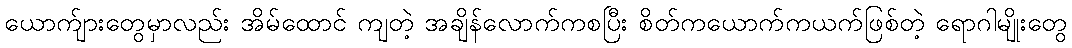
ယောက်ျားတွေမှာလည်း အိမ်ထောင် ကျတဲ့ အချိန်လောက်ကစပြီး စိတ်ကယောက်ကယက်ဖြစ်တဲ့ ရောဂါမျိုးတွေ